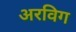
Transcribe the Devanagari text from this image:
अरविग